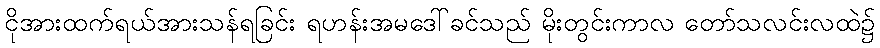
ငိုအားထက်ရယ်အားသန်ရခြင်း ရဟန်းအမဒေါ်ခင်သည် မိုးတွင်းကာလ တော်သလင်းလထဲ၌